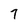
Character: 7